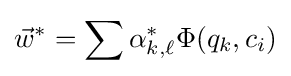
{\vec {w}}^{*}=\sum \alpha _{k,\ell }^{*}\Phi (q_{k},c_{i})